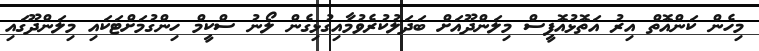
މިހެން ކަންއޮތް އިރު އަތޮޅުއޮފީސް މިލަންދޫއަށް ބަދަލުކުރެވުމާއިގުޅިގެން ލޯނު ސްކީމް ހިންގުމަށްޓަކައި މިލަންދޫގައި